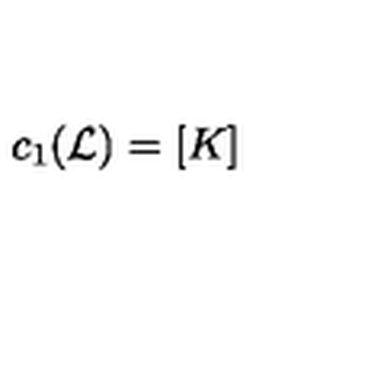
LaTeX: c _ { 1 } ( { \cal L } ) = \left[ K \right]